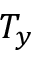
T _ { y }